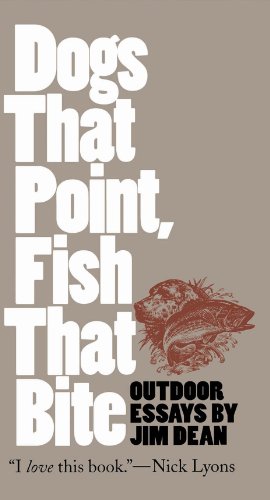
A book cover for Dogs That Point, Fish That Bite: Outdoor Essays (Chapel Hill Books); Jim Dean; Humor & Entertainment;